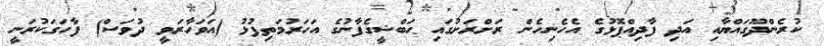
ކުރެންދޫގައްޔާއި އަދި ފާދިއްޕޮޅުގެ އެހެނިހެން ރަށްރަށުގައި ޙަބްޝީގެފާނުގެ އަހަރުމަތިފުޅު (އަވަހާރަވީ ދުވަސް) ފާހަގަކުރަނީ